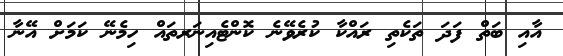
އާއި ބަތް ފަދަ ތަކެތި ރައްކާ ކުރެވޭނެ ކޮންޓެއިނަރތައް ހިމެނޭ ކަމަށް އޭނާ